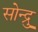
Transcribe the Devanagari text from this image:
सोन्द्रु